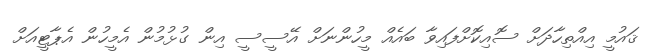
ޤައުމީ އިއްތިހާދަށް ސޮއިކޮށްފައިވާ ބައެއް މީހުންނަށް އޭސީސީ އިން ގުޅުމުން އެމީހުން އެޕާޓީއަށް